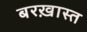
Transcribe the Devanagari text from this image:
बरख़ास्त